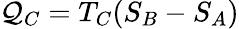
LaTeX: \mathcal{Q}_{C}=T_{C}(S_{B}-S_{A})